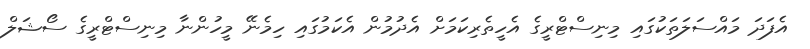
އެފަދަ މައްސަލަތަކުގައި މިނިސްޓްރީގެ އެހީތެރިކަމަށް އެދުމުން އެކަމުގައި ހިމެނޭ މީހުންނާ މިނިސްޓްރީގެ ސޯޝަލް